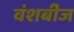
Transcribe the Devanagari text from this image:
वंशबीज